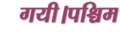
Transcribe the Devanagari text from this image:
गयी।पश्चिम